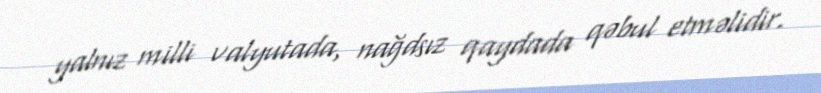
yalnız milli valyutada, nağdsız qaydada qəbul etməlidir.